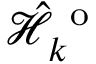
\hat { \mathcal { H } } _ { k } ^ { \mathrm { ~ o ~ } }